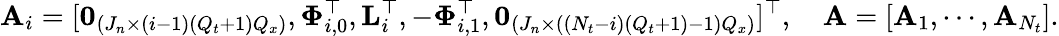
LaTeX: \mathbf{A}_{i}=[\mathbf{0}_{(J_{n}\times(i-1)(Q_{t}+1)Q_{x})},\mathbf{\Phi}_{i,0}^{\top},\mathbf{L}_{i}^{\top},-\mathbf{\Phi}_{i,1}^{\top},\mathbf{0}_{(J_{n}\times((N_{t}-i)(Q_{t}+1)-1)Q_{x})}]^{\top},\quad\mathbf{A}=[\mathbf{A}_{1},\cdots,\mathbf{A}_{N_{t}}].